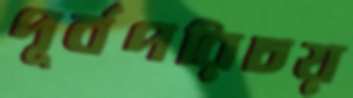
পূর্বপরিচয়